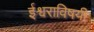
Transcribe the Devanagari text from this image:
ईश्वराविषयी